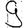
Digit: 9